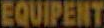
EQUIPENT